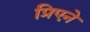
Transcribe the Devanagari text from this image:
प्रिएने